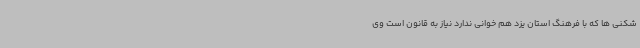
شکنی ها که با فرهنگ استان یزد هم خوانی ندارد نیاز به قانون است وی